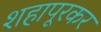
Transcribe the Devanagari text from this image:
शहापूरकर